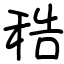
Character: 𥞴